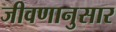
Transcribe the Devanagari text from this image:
जीवणानुसार